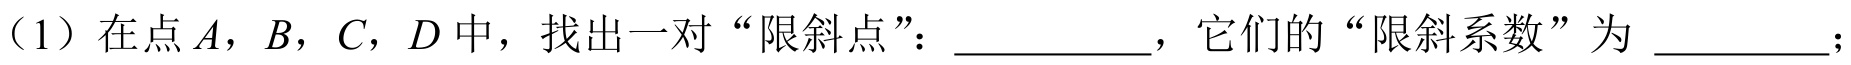
（1）在点$A$，$B$，$C$，$D$中，找出一对“限斜点”：  ，它们的“限斜系数”为  ；